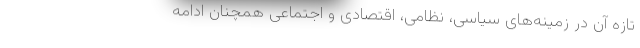
تازه آن در زمینه‌های سیاسی، نظامی، اقتصادی و اجتماعی همچنان ادامه